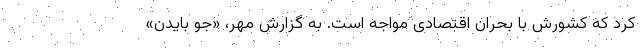
کرد که کشورش با بحران اقتصادی مواجه است. به گزارش مهر، «جو بایدن»